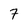
Character: 7